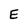
Character: E